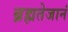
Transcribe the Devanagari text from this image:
ब्रह्मतेजानं